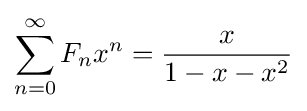
\sum _{n=0}^{\infty }F_{n}x^{n}={\frac {x}{1-x-x^{2}}}